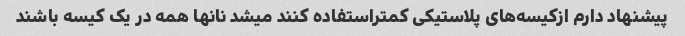
پیشنهاد دارم ازکیسه‌های پلاستیکی کمتراستفاده کنند میشد نانها همه در یک کیسه باشند